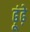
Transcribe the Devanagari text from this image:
ढ़ूंढ़े